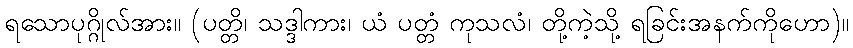
ရသောပုဂ္ဂိုလ်အား။ (ပတ္တိ၊ သဒ္ဒါကား၊ ယံ ပတ္တံ ကုသလံ၊ တို့ကဲ့သို့ ရခြင်းအနက်ကိုဟော)။